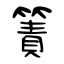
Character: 簀